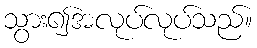
သွား၍အလုပ်လုပ်သည်။